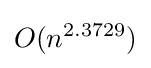
O(n^{2.3729})